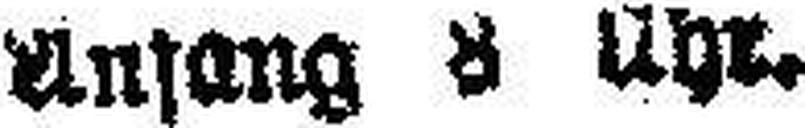
Anfang 8 Uhr.